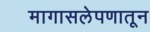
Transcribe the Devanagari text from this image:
मागासलेपणातून